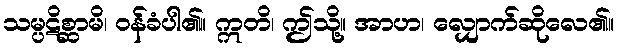
သမ္ပဋိစ္ဆာမိ၊ ဝန်ခံပါ၏။ ဣတိ၊ ဤသို့။ အာဟ၊ လျှောက်ဆိုလေ၏။